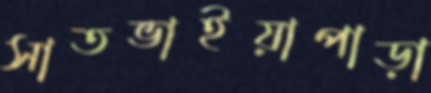
সাতভাইয়াপাড়া